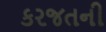
કરજતની